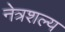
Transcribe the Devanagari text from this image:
नेत्रशल्य